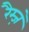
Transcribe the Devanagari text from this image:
रैम्ज़े